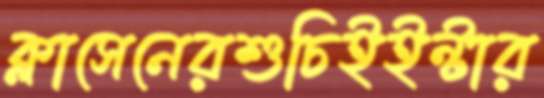
ক্লাসেনেরশুচিইইন্টার